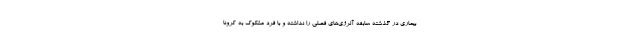
بیماری در گذشته سابقه آلرژی‌های فصلی را نداشته و با فرد مشکوک به کرونا